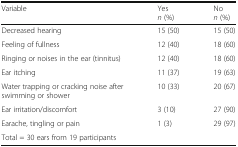
| Variable | Yesn (%) | Non (%) |
 | --- | --- | --- |
 | Decreased hearing | 15 (50) | 15 (50) |
 | Feeling of fullness | 12 (40) | 18 (60) |
 | Ringing or noises in the ear (tinnitus) | 12 (40) | 18 (60) |
 | Ear itching | 11 (37) | 19 (63) |
 | Water trapping or cracking noise after swimming or shower | 10 (33) | 20 (67) |
 | Ear irritation/discomfort | 3 (10) | 27 (90) |
 | Earache, tingling or pain | 1 (3) | 29 (97) |
 | Total = 30 ears from 19 participants |  |  |